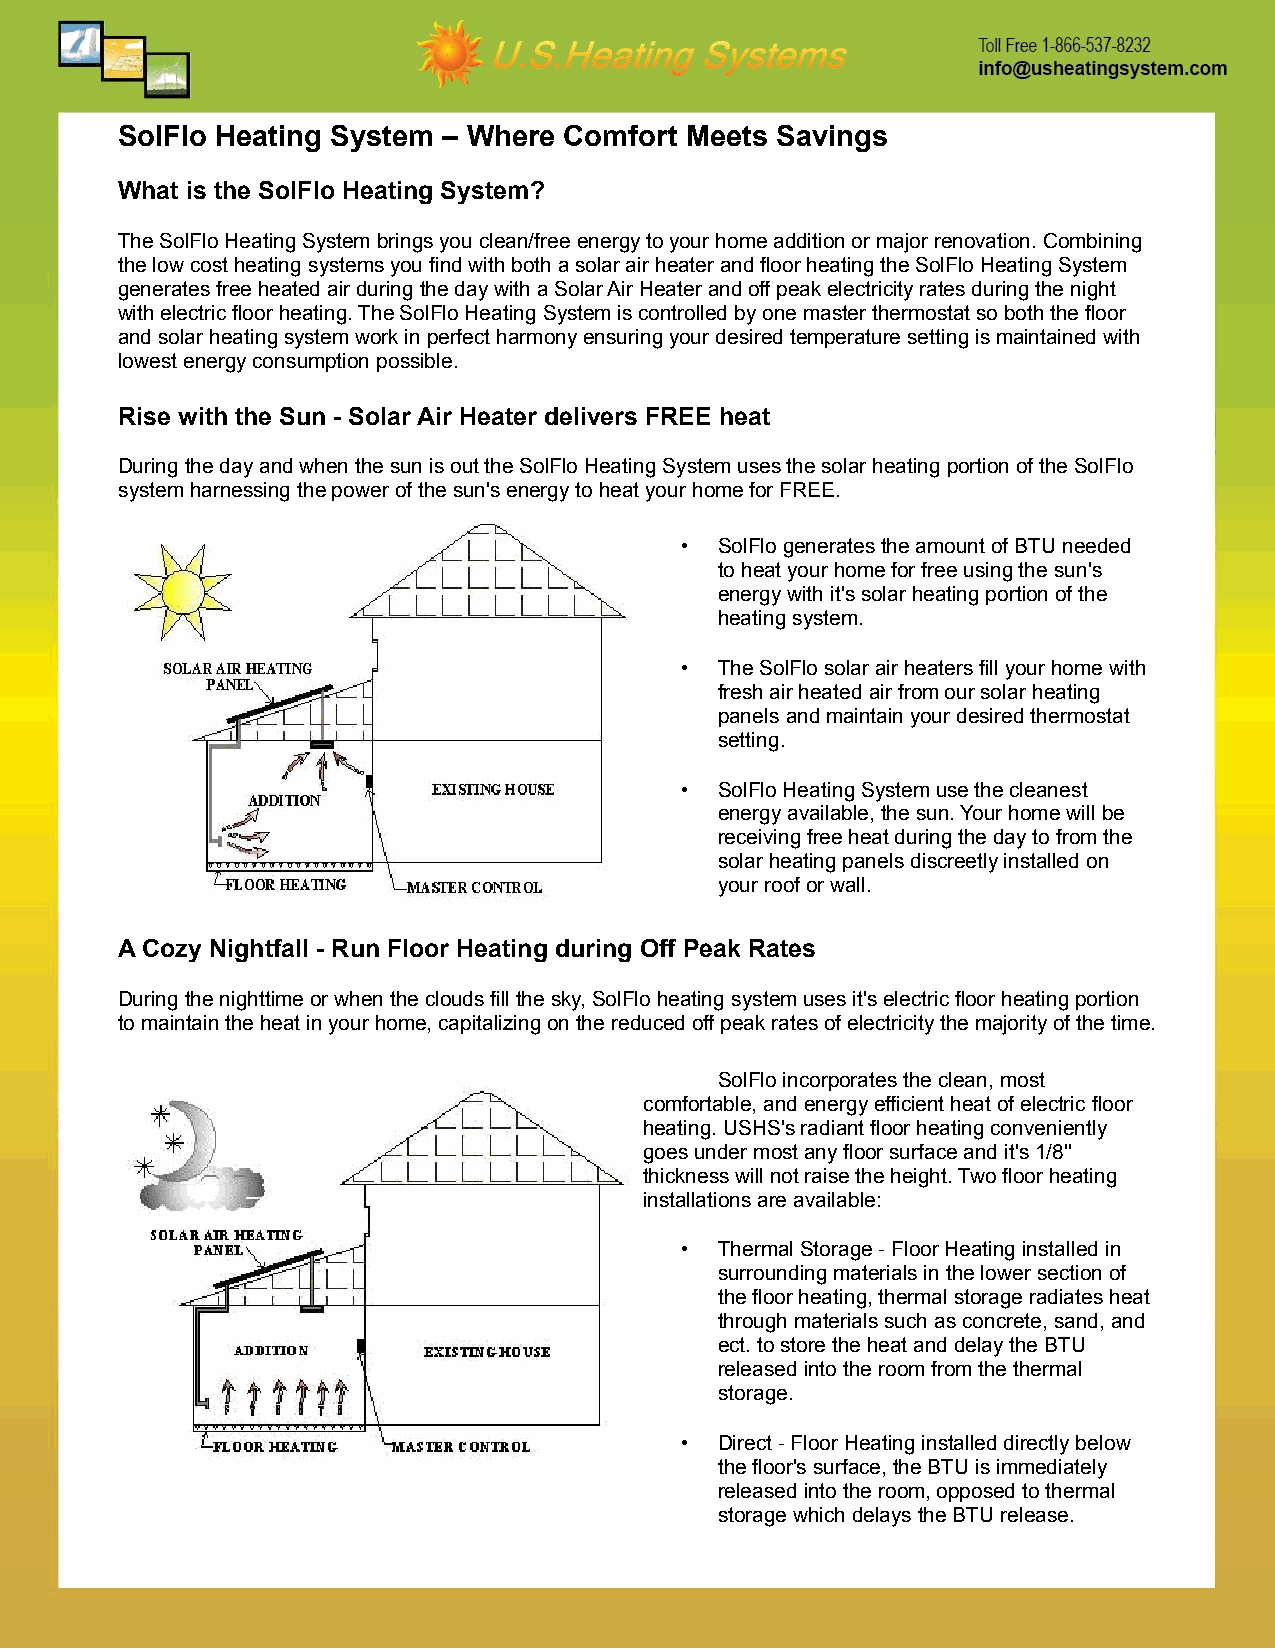
SolFlo Heating System – Where Comfort Meets Savings
 What is the SolFlo Heating System?
 The SolFlo Heating System brings you clean/free energy to your home addition or major renovation. Combining
 the low cost heating systems you find with both a solar air heater and floor heating the SolFlo Heating System
 generates free heated air during the day with a Solar Air Heater and off peak electricity rates during the night
 with electric floor heating. The SolFlo Heating System is controlled by one master thermostat so both the floor
 and solar heating system work in perfect harmony ensuring your desired temperature setting is maintained with
 lowest energy consumption possible.
 Rise with the Sun - Solar Air Heater delivers FREE heat
 During the day and when the sun is out the SolFlo Heating System uses the solar heating portion of the SolFlo
 system harnessing the power of the sun's energy to heat your home for FREE.
 •  SolFlo generates the amount of BTU needed
 to heat your home for free using the sun's
 energy with it's solar heating portion of the
 heating system.
 •  The SolFlo solar air heaters fill your home with
 fresh air heated air from our solar heating
 panels and maintain your desired thermostat
 setting.
 •  SolFlo Heating System use the cleanest
 energy available, the sun. Your home will be
 receiving free heat during the day to from the
 solar heating panels discreetly installed on
 your roof or wall.
 A Cozy Nightfall - Run Floor Heating during Off Peak Rates
 During the nighttime or when the clouds fill the sky, SolFlo heating system uses it's electric floor heating portion
 to maintain the heat in your home, capitalizing on the reduced off peak rates of electricity the majority of the time.
 SolFlo incorporates the clean, most
 comfortable, and energy efficient heat of electric floor
 heating. USHS's radiant floor heating conveniently
 goes under most any floor surface and it's 1/8''
 thickness will not raise the height. Two floor heating
 installations are available:
 •  Thermal Storage - Floor Heating installed in
 surrounding materials in the lower section of
 the floor heating, thermal storage radiates heat
 through materials such as concrete, sand, and
 ect. to store the heat and delay the BTU
 released into the room from the thermal
 storage.
 •  Direct - Floor Heating installed directly below
 the floor's surface, the BTU is immediately
 released into the room, opposed to thermal
 storage which delays the BTU release.